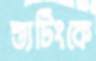
শ্যুটিংকে